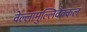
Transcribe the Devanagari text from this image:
वेल्लामुल्लिवैक्कल